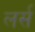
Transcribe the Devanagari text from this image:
लर्स